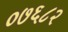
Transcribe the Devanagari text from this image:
०७६८२